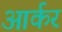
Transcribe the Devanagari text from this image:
आर्कर